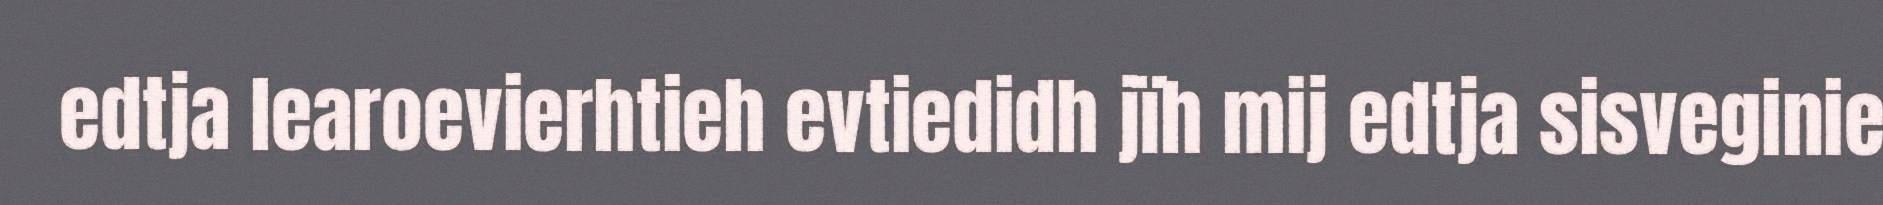
edtja learoevierhtieh evtiedidh jïh mij edtja sisveginie